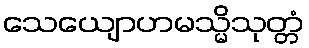
သေယျောဟမသ္မိသုတ္တံ